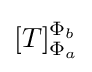
[T]_{\Phi _{a}}^{\Phi _{b}}